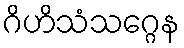
ဂိဟိသံသဂ္ဂေန